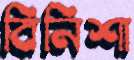
বিনিশা